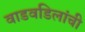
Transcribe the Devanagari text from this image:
वाडवडिलांची